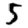
Digit: 5